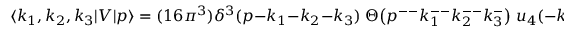
\langle k _ { 1 } , k _ { 2 } , k _ { 3 } | V | p \rangle = ( 1 6 \pi ^ { 3 } ) \delta ^ { 3 } ( p - k _ { 1 } - k _ { 2 } - k _ { 3 } ) \; \Theta \bigl ( p ^ { -- } k _ { 1 } ^ { -- } k _ { 2 } ^ { -- } k _ { 3 } ^ { - } \bigr ) \; u _ { 4 } ( - k _ { 1 } , - k _ { 2 } , - k _ { 3 } , p ) \; .